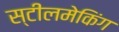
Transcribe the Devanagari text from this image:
स्टीलमेकिंग